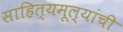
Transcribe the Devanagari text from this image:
साहित्यमूल्यांची